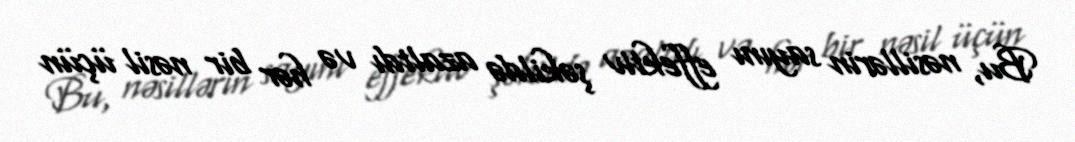
Bu, nəsillərin sayını effektiv şəkildə azaltdı və hər bir nəsil üçün